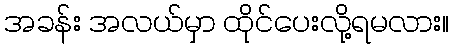
အခန်း အလယ်မှာ ထိုင်ပေးလို့ရမလား။